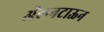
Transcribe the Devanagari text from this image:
ॲलनटाऊन